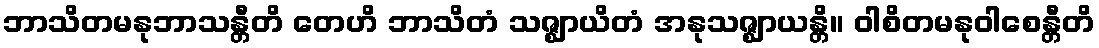
ဘာသိတမနုဘာသန္တီတိ တေဟိ ဘာသိတံ သဇ္ဈာယိတံ အနုသဇ္ဈာယန္တိ။ ဝါစိတမနုဝါစေန္တီတိ